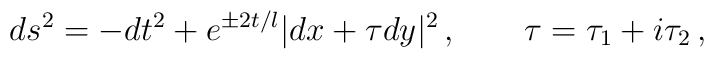
ds^2 = -dt^2+e^{\pm2t/l}|dx+\tau dy|^2\,, \qquad \tau = \tau_1 + i\tau_2\,,